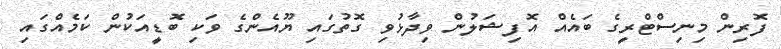
ފޮރިން މިނިސްޓްރީގެ ބައެއް އޮފިޝަލުން ވިދާޅުވި ގޮތުގައި ޔޫއެންގެ ވަކި ބޮޑީއަކުން ކަމެއްގައި